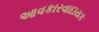
આવકારવાદાયક